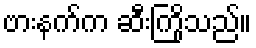
ဗားနက်က ဆီးကြိုသည်။